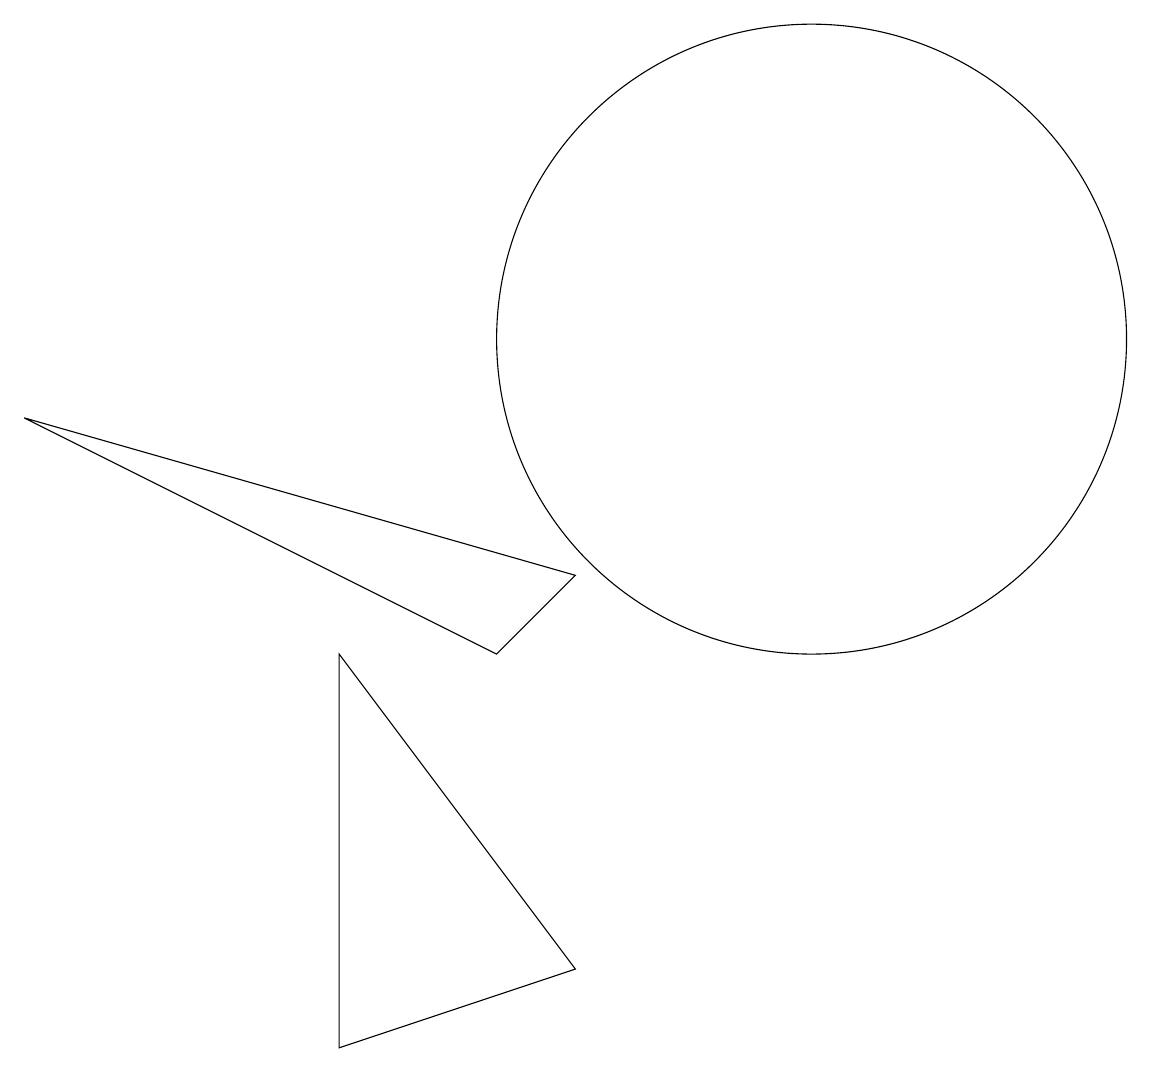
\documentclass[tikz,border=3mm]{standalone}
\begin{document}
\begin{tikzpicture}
\draw (7,7) -- (0,9) -- (6,6) -- cycle;
\draw (7,2) -- (4,6) -- (4,1) -- cycle;
\draw (10,10) circle (4);
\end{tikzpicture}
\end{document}